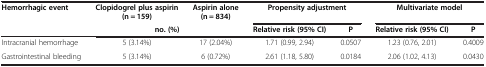
| Hemorrhagic event | Clopidogrel plus aspirin (n = 159) | Aspirin alone (n = 834) | <COLSPAN=2> Propensity adjustment | <COLSPAN=2> Multivariate model |
 |  | <COLSPAN=2> no. (%) | Relative risk (95% CI) | P | Relative risk (95% CI) | P |
 | --- | --- | --- | --- | --- | --- | --- |
 | Intracranial hemorrhage | 5 (3.14%) | 17 (2.04%) | 1.71 (0.99, 2.94) | 0.0507 | 1.23 (0.76, 2.01) | 0.4009 |
 | Gastrointestinal bleeding | 5 (3.14%) | 6 (0.72%) | 2.61 (1.18, 5.80) | 0.0184 | 2.06 (1.02, 4.13) | 0.0430 |